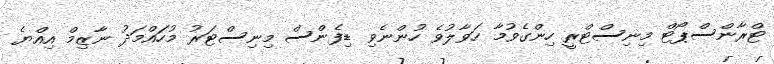
ޓްރާންސްޕޯޓް މިނިސްޓްރީ ހިންގެވުމާ ހަވާލުވެ ހުންނެވި ޑިފެންސް މިނިސްޓަރު މުހައްމަދު ނާޒިމް އިއްޔެ